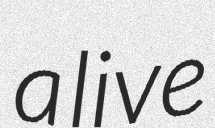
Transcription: a live